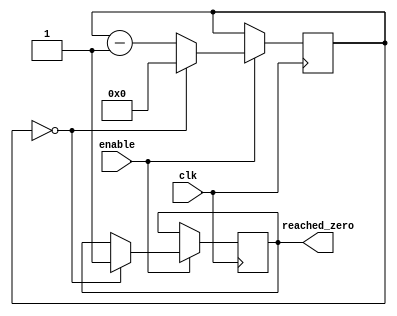
module BinaryDownCounter (
    input wire clk,        // Clock signal
    input wire enable,     // Enable signal
    output wire reached_zero // Output signal indicating when count has reached zero
);

reg [7:0] count; // 8-bit binary down counter

always @(posedge clk) begin
    if (enable) begin
        if (count == 8'h00) begin // check if count has reached zero
            reached_zero <= 1;
            count <= 8'h00;
        end else begin
            count <= count - 1; // count down
        end
    end else begin
        count <= count; // do not change count if enable is low
    end
end

endmodule